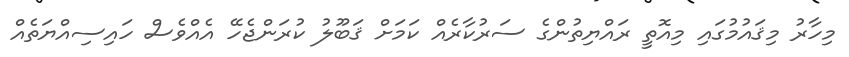
މިހާރު މިޤައުމުގައި މިއޮތީ ރައްޔިތުންގެ ސަރުކާރެއް ކަމަށް ޤަބޫލު ކުރަންޖެހޭ އެއްވެސް ހައިސިއްޔަތެއް